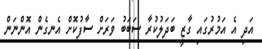
އަދި އެ އަމުރުގައި ގާޒީ ބަދަލުކުރާ ސަބަބު ވަރަށް ސާފުކޮށް އެނގެން އޮންނަން